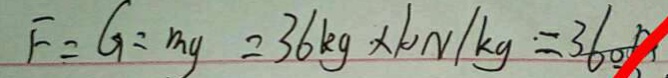
F = G = m g = 3 6 k g \times 1 0 N / k g = 3 6 0 0